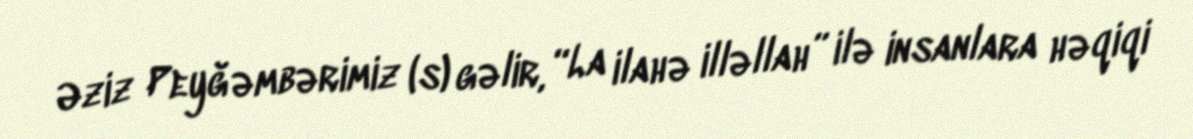
Əziz Peyğəmbərimiz (s) gəlir, “La ilahə illəllah” ilə insanlara həqiqi